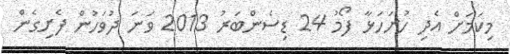
މިކަމަށް އެދި ހުށަހަޅާ ފޯމު 24 ޑިސެންބަރު 2013 ވަނަ ދުވަހުން ފެށިގެން